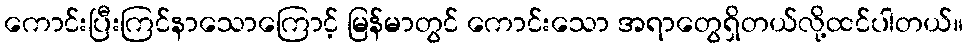
ကောင်းပြီးကြင်နာသောကြောင့် မြန်မာတွင် ကောင်းသော အရာတွေရှိတယ်လို့ထင်ပါတယ်။